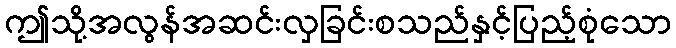
ဤသို့အလွန်အဆင်းလှခြင်းစသည်နှင့်ပြည့်စုံသော